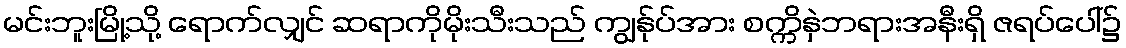
မင်းဘူးမြို့သို့ ရောက်လျှင် ဆရာကိုမိုးသီးသည် ကျွန်ုပ်အား စက္ကိနှဲဘရားအနီးရှိ ဇရပ်ပေါ်၌